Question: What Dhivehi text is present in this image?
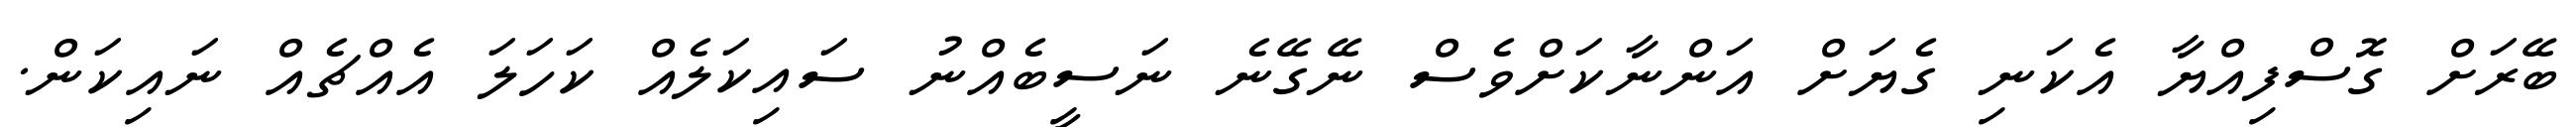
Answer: ބޭރަށް ގޮސްފިއްޔާ އެކަނި ގެޔަށް އަންނާކަށްވެސް ނޭގޭނެ ނަސީބެއްނު ސައިކަލެއް ކަހަލަ އެއްޗެއް ނައިކަން.